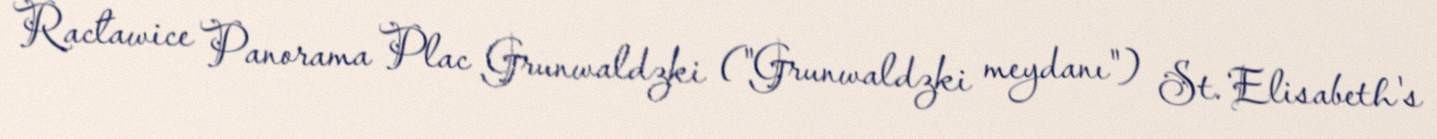
Racławice Panorama Plac Grunwaldzki ("Grunwaldzki meydanı") St. Elisabeth's